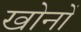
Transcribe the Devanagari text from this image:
खोनों